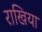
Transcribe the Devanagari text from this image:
राखिया